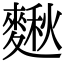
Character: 𪍗